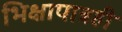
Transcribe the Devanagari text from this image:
भिक्षापात्रही